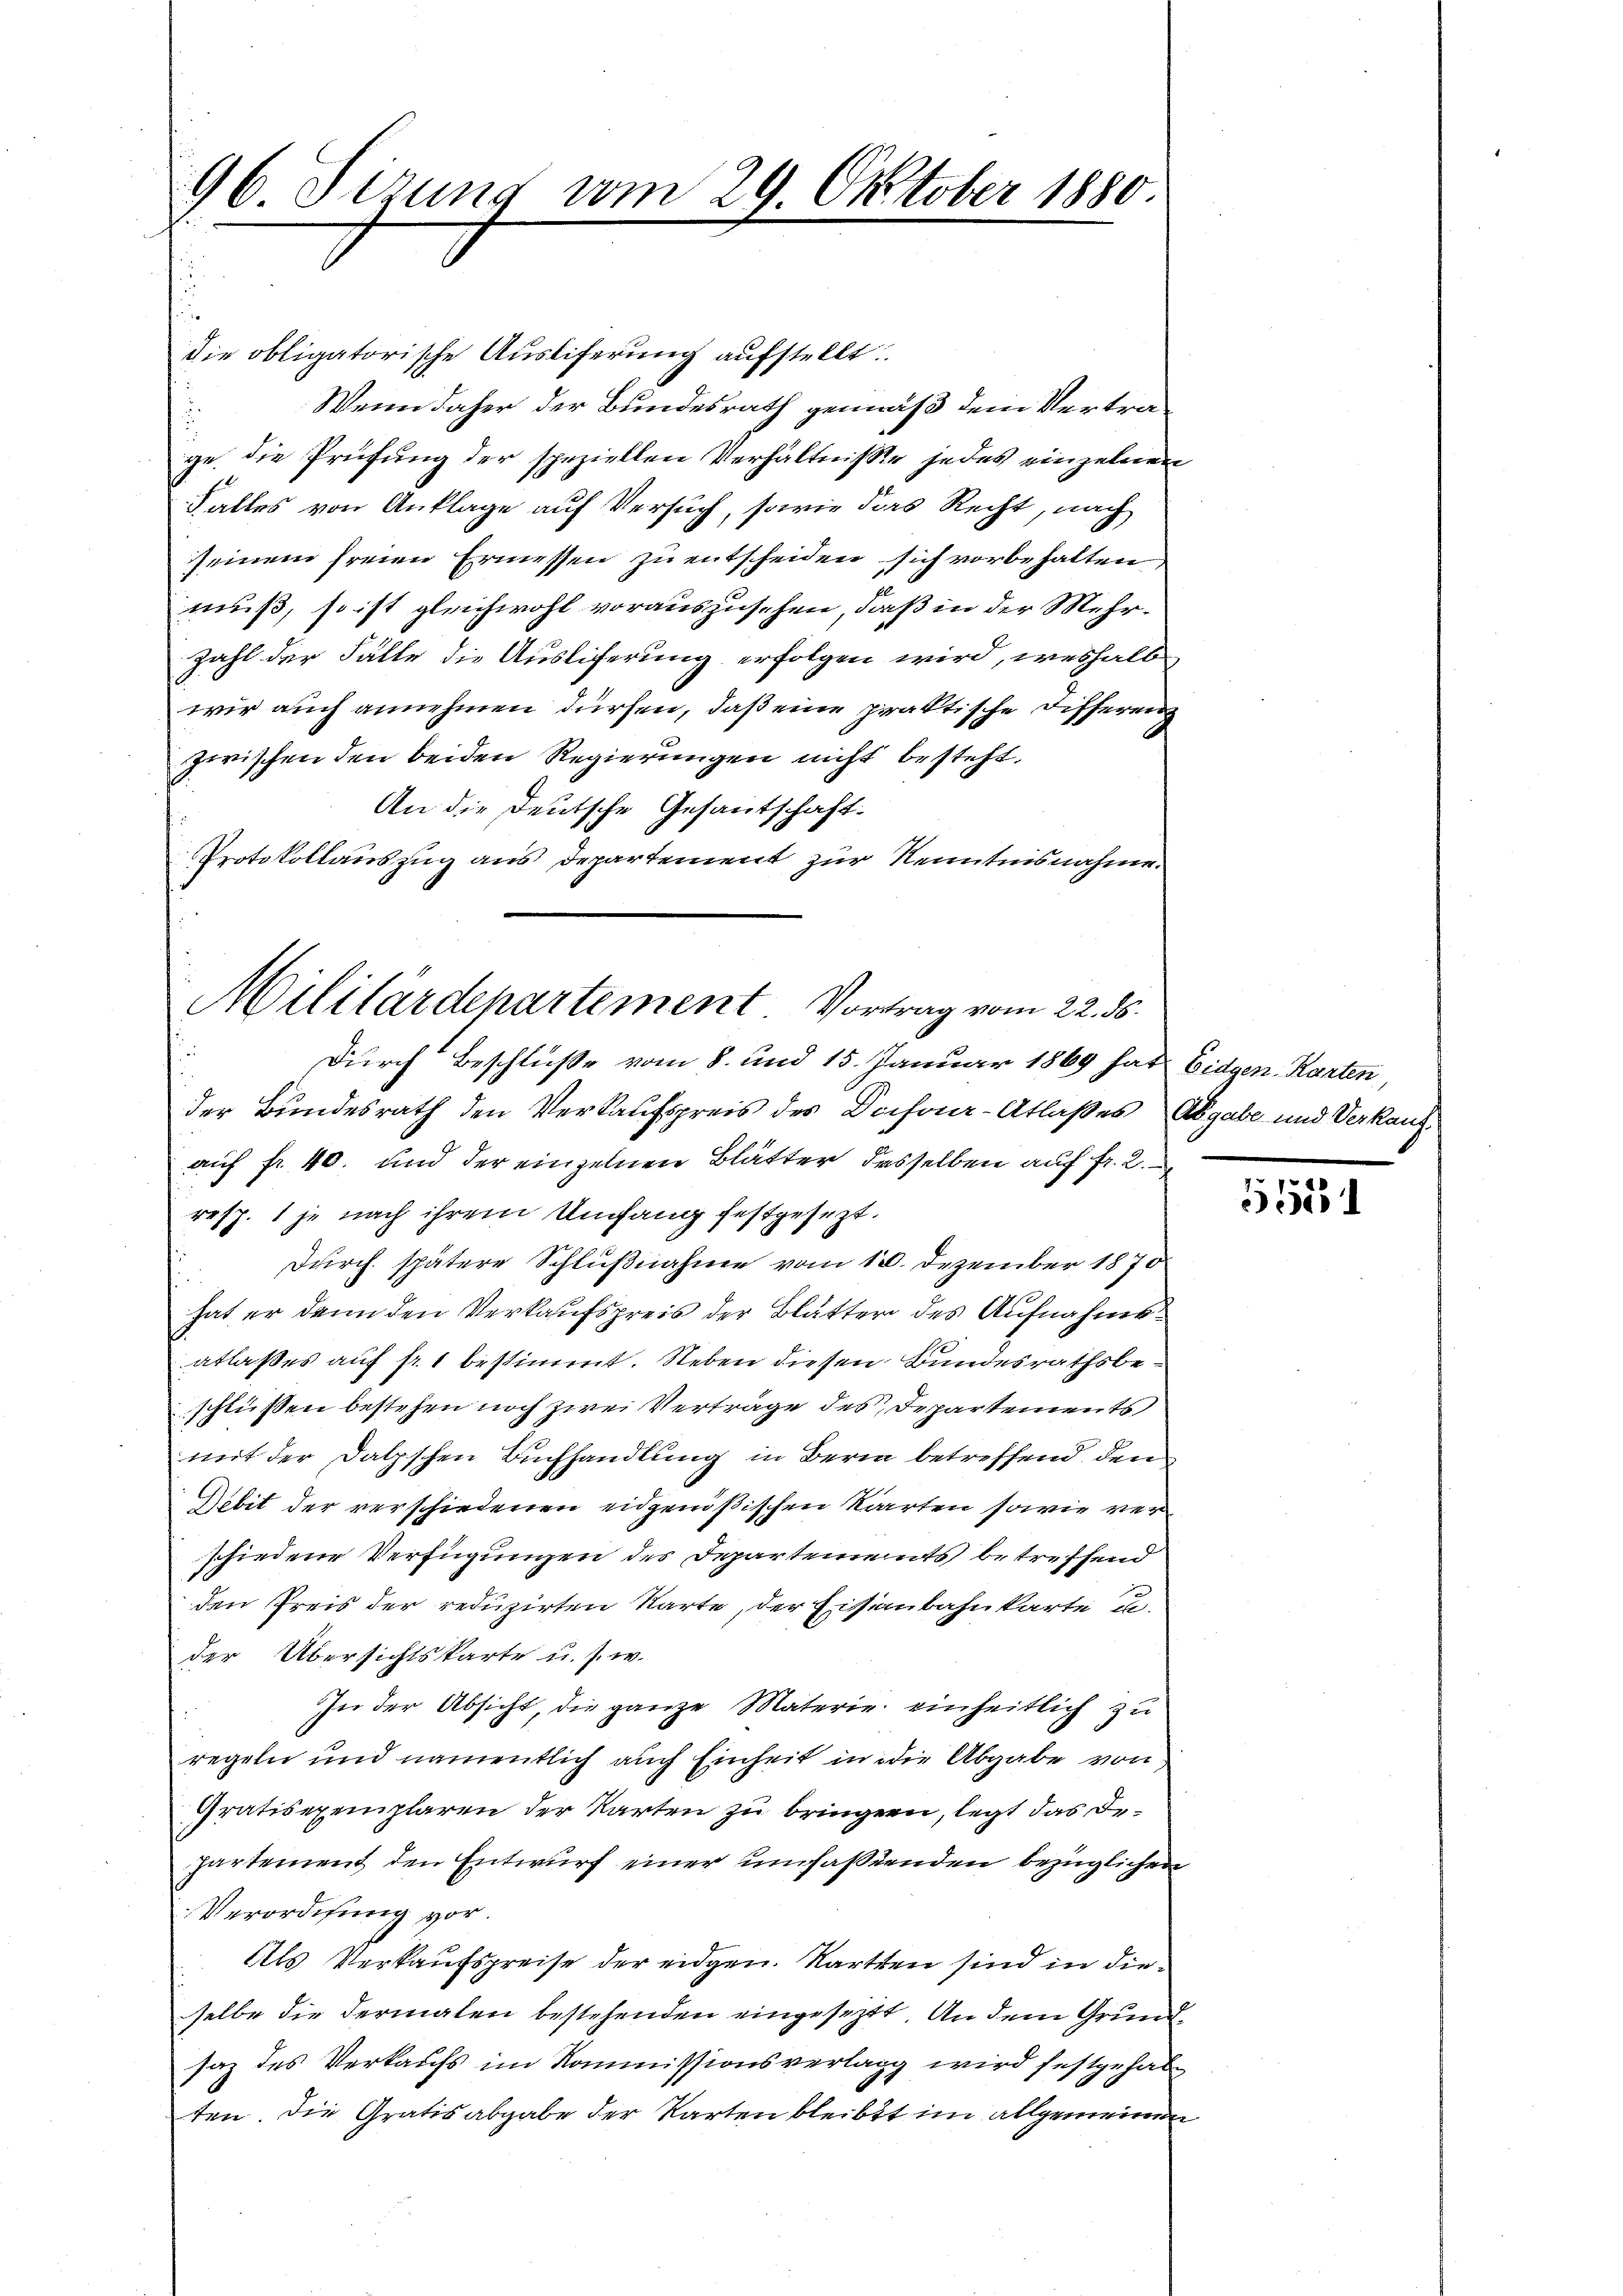
die obligatorische Ausliferung aufstellt.
Wenn daher der Bundesrath gemäß dem Vertra¬
u
ge die Prüfung der speziellen Verhältnisse jedes einzelnen
Falles von Anklage auf Versuch, sowie das Recht, nach
seinem freien Ermessen zu entscheiden sich vorbehalten
muß, so ist gleichwohl vorauszusehen, daß in der Mehrzahl der Fälle die Ausliferung erfolgen wird, weshalb
wir auch annehmen dürfen, daß eine praktische Differenz
zwischen den beiden Regierungen nicht besteht.
An die Deutsche Gesantschaft.
Protokollauszug aus Departement zur Kenntnisnahme

96 Sizung vom 29. Oktober 1880.

Militärdepartement Vortrag vom 22. ds.
Durch Beschluße vom 8. und 15. Januar 1869 hat Eidgen. Karten,

der Bundesrath den Verkaufspreis des Deifour-Atlaßes Abgabe und Verkaufauf fr. 40. und der einzelnen Blätter desselben auf fr. 2.
resp. 1 je nach ihrem Umfang festgesezt.
Durch spätere Schlußnahme vom 18. Dezember 1870
hat er denn den Verkaufspreis der Blätter des Aufnahmsablaßes auf fr. 1 bestimmt. Neben diesen Bundesrathsbeschließen bestehen noch zwei Verträge des Departements
mit der Dalzschen Buchhandlung in Bern betreffend den
Debit der verschiedenen eidgenößischen Karrten sowie ver
schiedene Verfügungen des Departements betreffend
den Preis der reduzirten Karte, der Eisenbahnkarte u.
der Übersichtskarte u. s. w.
In der Absicht, die ganze Materie einheitlich zu
regeln und namentlich auch Einheit in die Abgabe von
Gratisexemplaren der Karten zu bringen, legt das Departement den Entwurf einer umfaßenden bezüglichen
Verordnung vor.
Als Verkaufspreise der eidgen. Karten sind in dieselbe die dermalen bestehenden eingesetztt. An dem Grundsaz des Verkaufs im Kommissionsverlagg wird festgehabten. Die Gratis abgabe der Karten bleibt im allgemeinen

555